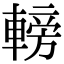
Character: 𨍩